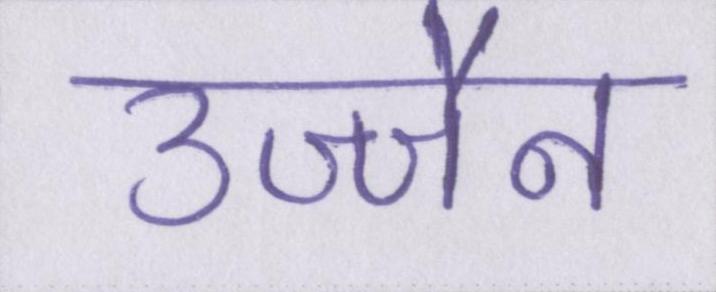
उज्जैन